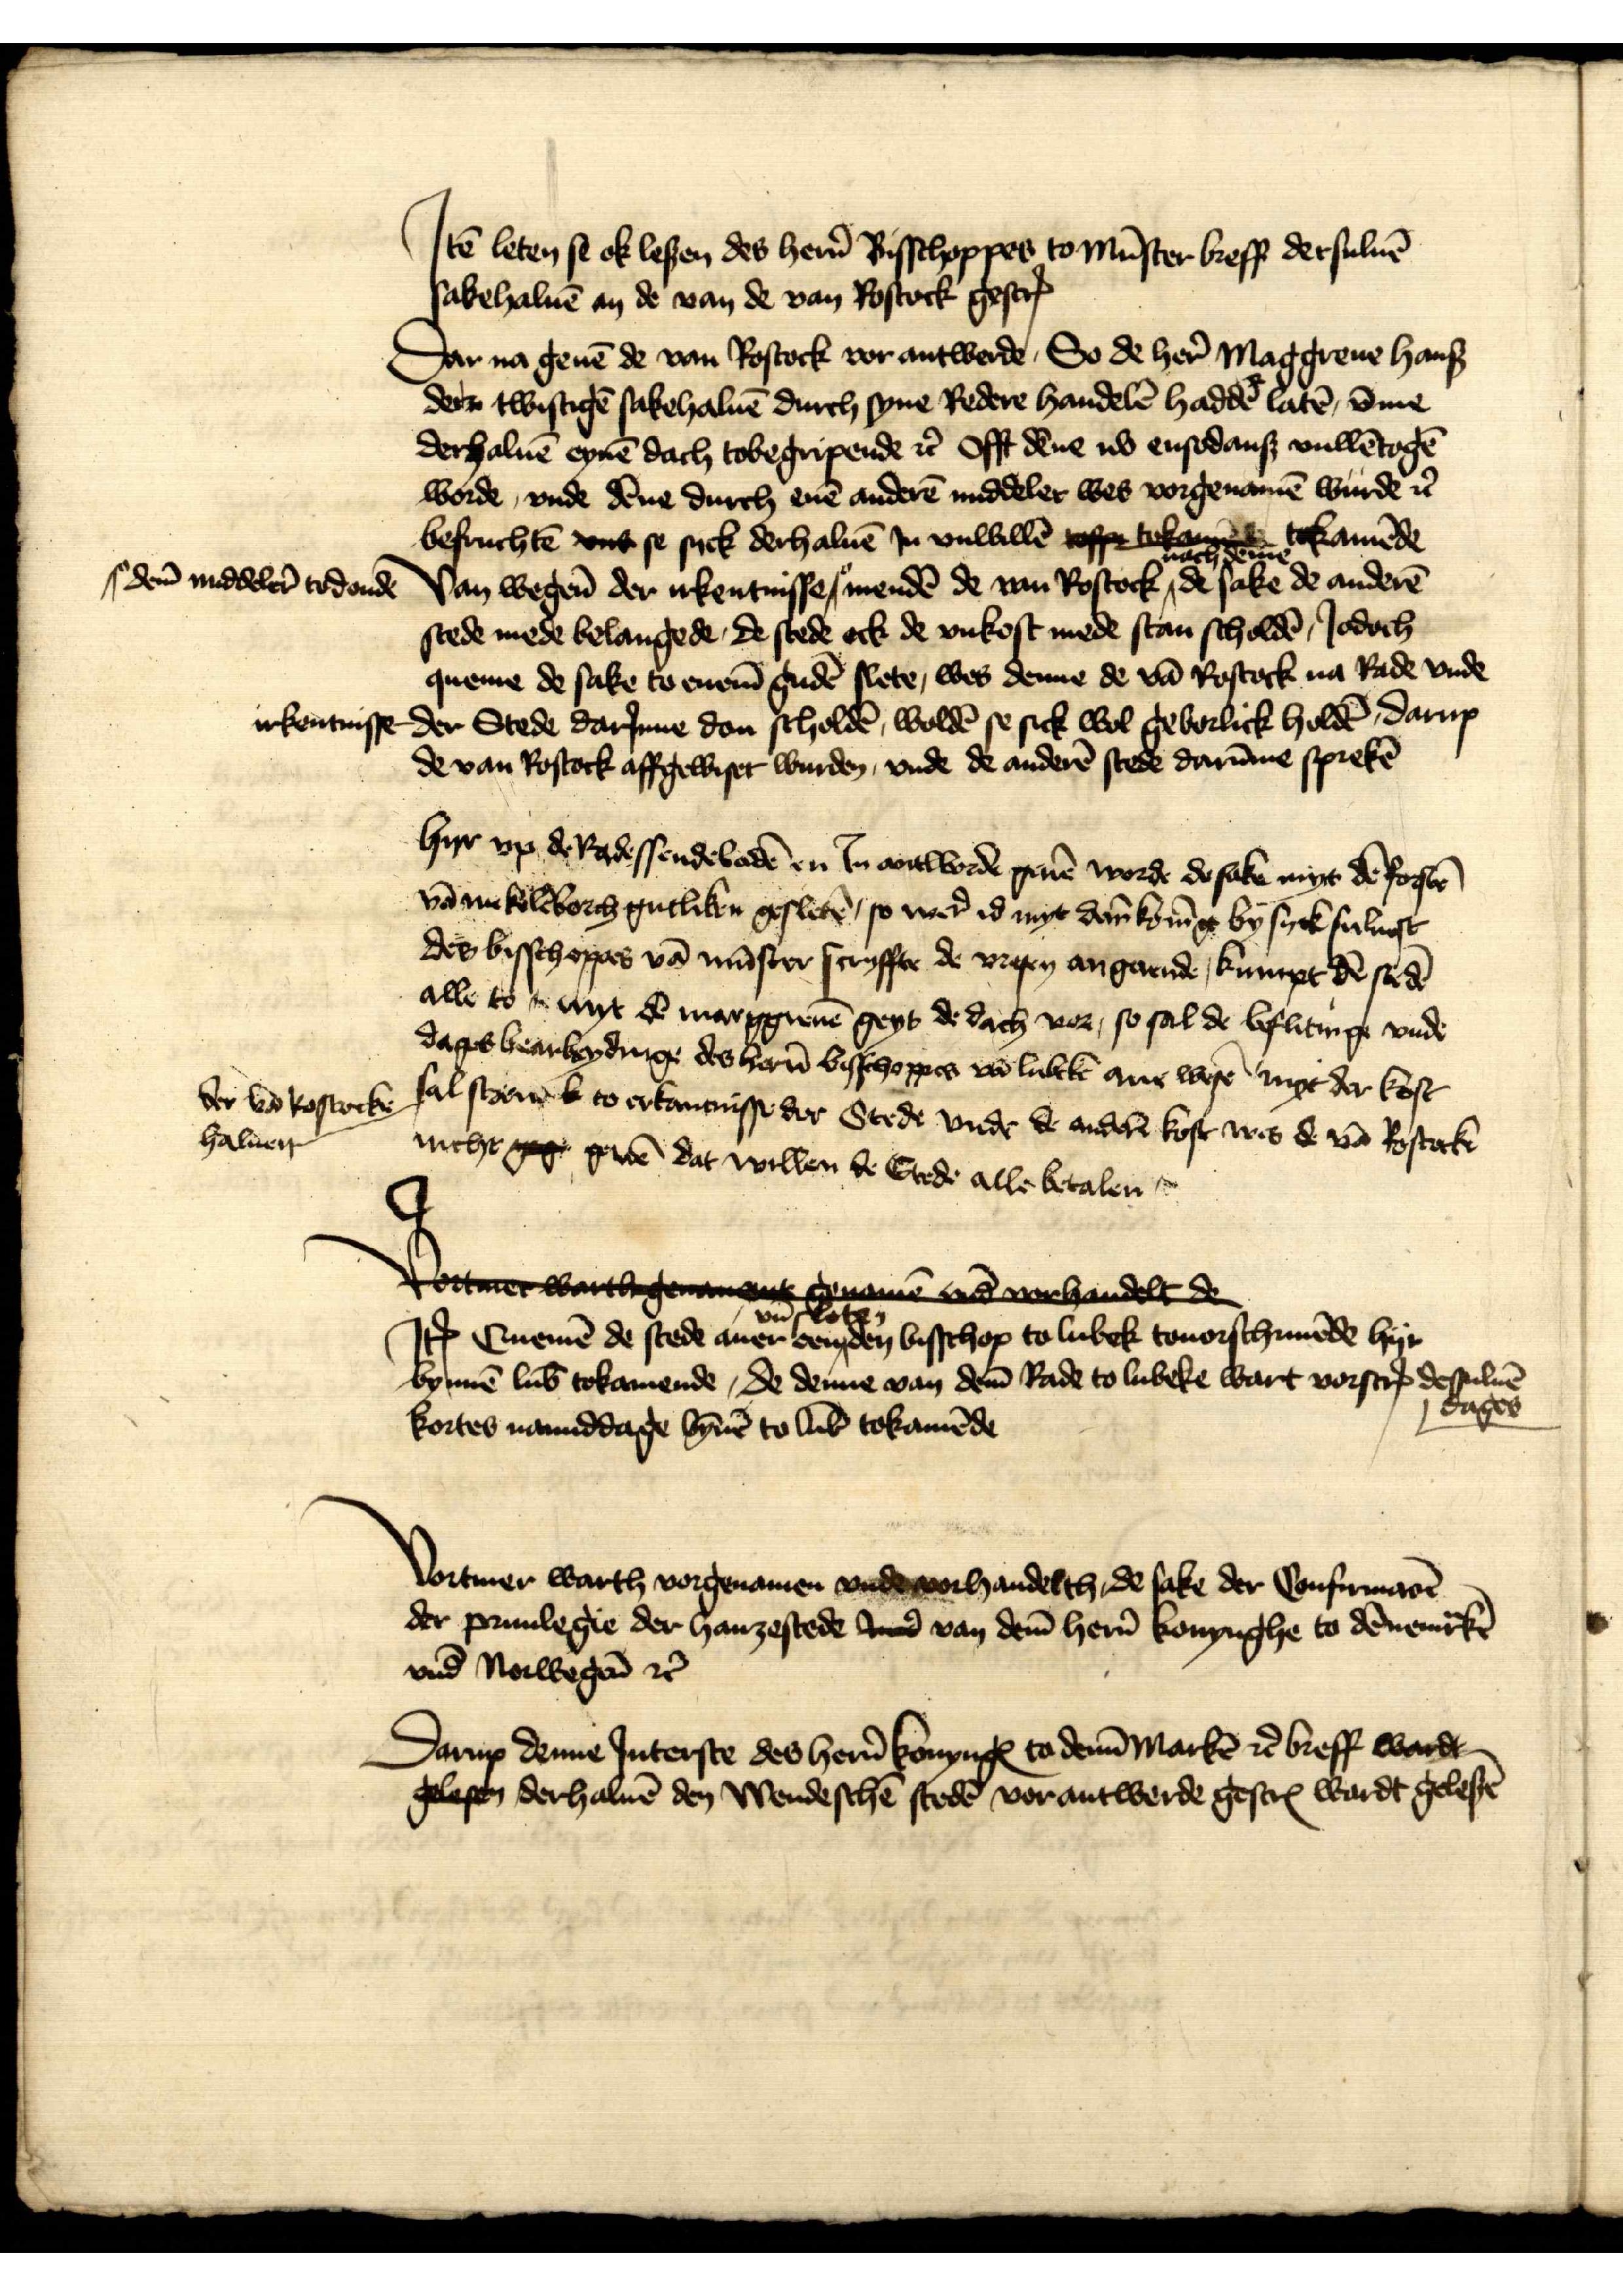
Jꝷ leten se ok lesen des her̉n Bisschoppes to Mūster breff dersuluē
sakehaluē an de van de van Rostock gescrꝬ

Dar na geuē de van Rostock vor antwerde, So de her̉ Maggreue Hans
der twistigē sakehaluē durch syne Redere handelē haddē latē, v̄me
derhaluē eynē dach tobegripende et̉ offt dēne ub ensodans vullētogē
worde, vnde dēne durch enē anderē middeler wes vorgenamē wurde et̉
befruchtē vnt se sick derhaluē in vnwillē tofpe teka e tokamēde
Van wegen̄ der irkentnissen 
dem̄ middeler̄ todonde
mendē de van Rostock, nach denne de sake de anderē
stede mede belangede, de stede ock de vnkost mede stan scholdē, Jodoch
queme de sake to enem̄ gudẻ slete, wes denne de vā Rostock na Rade vnde
irkentnisse der Stede darJnne don scholdē, woldē se sick wol geborlick holdē, darup
de van Rostock affgewiset wurden, vnde de anderē stede darūme sprekē

hyr vp de Radessendebadē en Jn antworde geuē worde de sake myt dē forstē
vā Mekelēborch gutliken gesletē so wer̉ id myt dar Konīge by syck suluest
des bisschoppes vā Mūster scryffte de wesen angaende, kumpt dē stedē
alle to myt dē marggreuē geyt de dach vor, so sal de beflitinge vnde
dages bearbeydinge des her̉n bisschoppes vā Lubeke ane wesē myt der kost
der vā Rostock haluē sal staen to erkantnisse der Stede vnde de anderē kost wes de vā Rostock 
nicht sge geuē dat willen de Stede alle betalen 
de van Rostock affgewiset wurden, vnde de anderē stede darūme sprekē

Rortuet warthgeen gerane and ebandelt de
Jꝷ Euenē de stede auer vn̄ sloten een den bisschop to Lubek touorschriuēde hyr
bynnē Lub̄ tokamende, de denne van dem̄ Rade to Lubeke wart vorscrꝬ dessuluē dages
kortes namiddage bȳnē to Lub̄ tokamēde

Vortmer warth vorgenamen vnde vorhandelth, de sake der Confirmarē
der priuilegie der hanzestede Ine van dem̄ her̉n konynghe to Dēnemͣrkē
vnd Norwegen̄ et̉

Darup denne Jnterste des her̉n konyngꝬ to Denn̄Markē et̉ breff wardt
gelesen derhaluē den Wendeschē stedē vorantwerde gescrꝬ wardt gelesē
vnd Norwegen̄ et̉